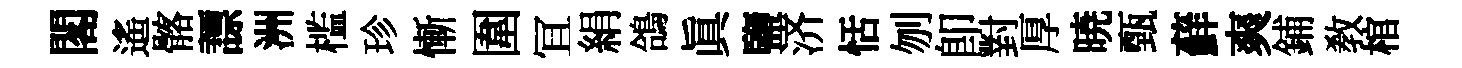
閣遙髂謤洲槛珍慚圍冝絹鴿眞鹽济恬刎卽對厚暁甄蘚爽鋪教棺